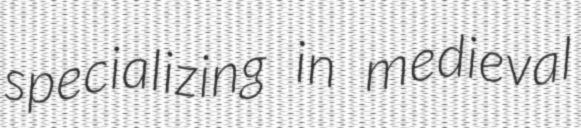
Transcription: specializing in medieval